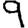
Digit: 9